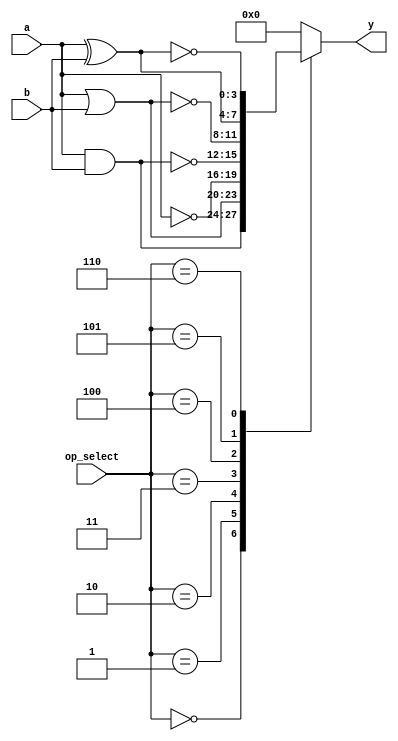
module combinational_logic_block (
    input  wire [3:0] a,         // 4-bit input
    input  wire [3:0] b,         // 4-bit input
    input  wire [2:0] op_select, // Operation selector
    output reg  [3:0] y          // 4-bit output
);

// Define operation codes
parameter AND_OP  = 3'b000;
parameter OR_OP   = 3'b001;
parameter NOT_OP  = 3'b010; // NOT only applies to a
parameter NAND_OP = 3'b011;
parameter NOR_OP  = 3'b100;
parameter XOR_OP  = 3'b101;
parameter XNOR_OP = 3'b110;

// Propagation delay (in time units)
parameter PROPAGATION_DELAY = 5; // Example delay

// Combinational logic implementation
always @(*) begin
    // Introduce a delay for simulation purposes
    #PROPAGATION_DELAY;

    case (op_select)
        AND_OP:  y = a & b;           // AND operation
        OR_OP:   y = a | b;           // OR operation
        NOT_OP:  y = ~a;              // NOT operation (applies to a)
        NAND_OP: y = ~(a & b);        // NAND operation
        NOR_OP:  y = ~(a | b);        // NOR operation
        XOR_OP:  y = a ^ b;           // XOR operation
        XNOR_OP: y = ~(a ^ b);        // XNOR operation
        default: y = 4'b0000;         // Default case
    endcase
end

endmodule